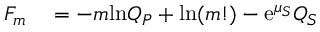
\begin{array} { r l } { F _ { m } } & { { } = - m \mathrm { l n } Q _ { P } + \mathrm { l n } ( m ! ) - \mathrm { e } ^ { \mu _ { S } } Q _ { S } } \end{array}